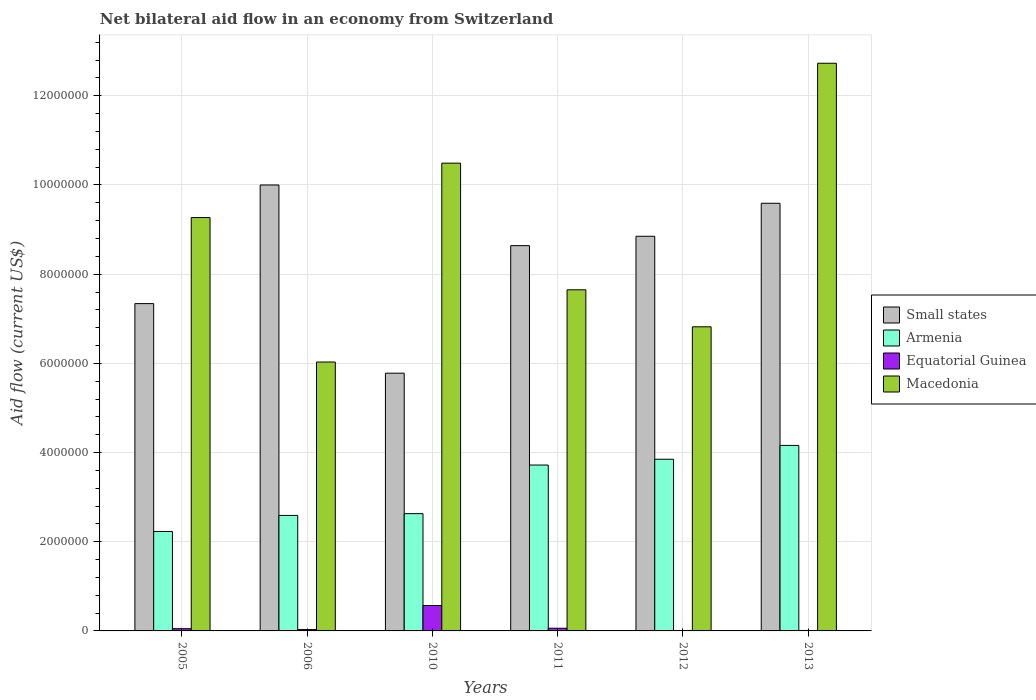
| Years | Small states | Armenia | Equatorial Guinea | Macedonia |
 | --- | --- | --- | --- | --- |
 | 2005 | 7.34e+06 | 2.23e+06 | 5e+04 | 9.27e+06 |
 | 2006 | 1e+07 | 2.59e+06 | 3e+04 | 6.03e+06 |
 | 2010 | 5.78e+06 | 2.63e+06 | 5.7e+05 | 1.05e+07 |
 | 2011 | 8.64e+06 | 3.72e+06 | 6e+04 | 7.65e+06 |
 | 2012 | 8.85e+06 | 3.85e+06 | 1e+04 | 6.82e+06 |
 | 2013 | 9.59e+06 | 4.16e+06 | 1e+04 | 1.27e+07 |